Punjab Mental Hospital Lahore 1932-46 - 1932-1946
Year: 1932
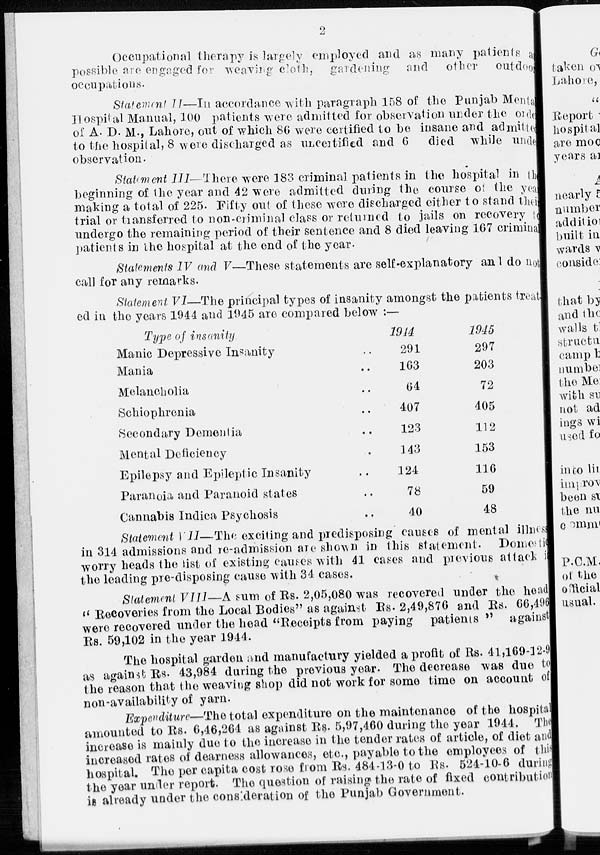
2
Occupational therapy is largely employed and as many patients as
possible are engaged for weaving cloth, gardening and
other outdoor
occupations.
Statement II—In accordance with paragraph 158 of the Punjab Mental
Hospital Manual, 100 patients were admitted for observation under the order
of A. D. M., Lahore, out of which 86 were certified to be insane and admitted
to the hospital,8 were discharged as Uncertified and 6 died while under
observation.
Statement III— There were 183 criminal patients in the hospital in the
beginning of the year and 42 were admitted during the course of the year
making a total of 225. Fifty out of these were discharged either to stand the
trial or transferred to non-criminal class or returned to jails on recovery to
undergo the remaining period of their sentence and 8 died leaving 167 criminal
patients in the hospital at the end of the year.
Statements IV and V—These statements are self-explanatory and I do not
call for any remarks.
Statement VI—The principal types of insanity amongst the patients treat
ed in the years 1944 and 1945 are compared below :—
Type of insanity
Manic Depressive Insanity ..
Mania ..
Melancholia ..
Schiophrenia ..
Secondary Dementia ..
Mental Deficiency ..
Epilepsy and Epileptic Insanity ..
Paranoia and Paranoid states ..
Cannabis Indica Psychosis ..
1944
291
163
64
407
123
143
124
78
40
1945
297
203
72
405
112
153
116
59
48
Statement VII—The exciting and predisposing causes of mental illness
in 314 admissions and re-admission are shown in this statement. Domestic
worry heads the list of existing causes with 41 cases and previous attack i
the leading pre-disposing cause with 34 cases.
Statement VIII—A sum of Rs. 2,05,080 was recovered under the head
"Recoveries from the Local Bodies" as against Rs- 2,49,876 and Rs. 66,496
were recovered under the head "Receipts from paying patients " against
Rs. 59,102 in the year 1944.
The hospital garden and manufactury yielded a profit of Rs. 41,169-12-9
as against Rs. 43,984 during the previous year. The decrease was due to
the reason that the weaving shop did not work for some time on account of
non-availability of yarn.
Expenditure—The total expenditure on the maintenance of the hospital
amounted to Rs. 6,46,264 as against Rs. 5,97,460 during the year 1944. The
increase is mainly due to the increase in the tender rates of article, of diet and
increased rates of dearness allowances, etc., payable to the employees of this
hospital. The per capita cost rose from Rs. 484-13-0 to Rs. 524-10-6 during
the year under report. The question of raising the rate of fixed contribution
is already under the consideration of the Punjab Government.